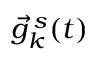
\vec { g } _ { k } ^ { \, s } ( t )